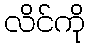
လိင်ကို